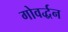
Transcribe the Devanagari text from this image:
गोवर्द्धन